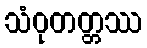
သံဝုတတ္တဿ